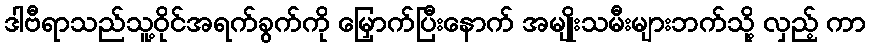
ဒါဗီရာသည်သူ့ဝိုင်အရက်ခွက်ကို မြှောက်ပြီးနောက် အမျိုးသမီးများဘက်သို့ လှည့် ကာ